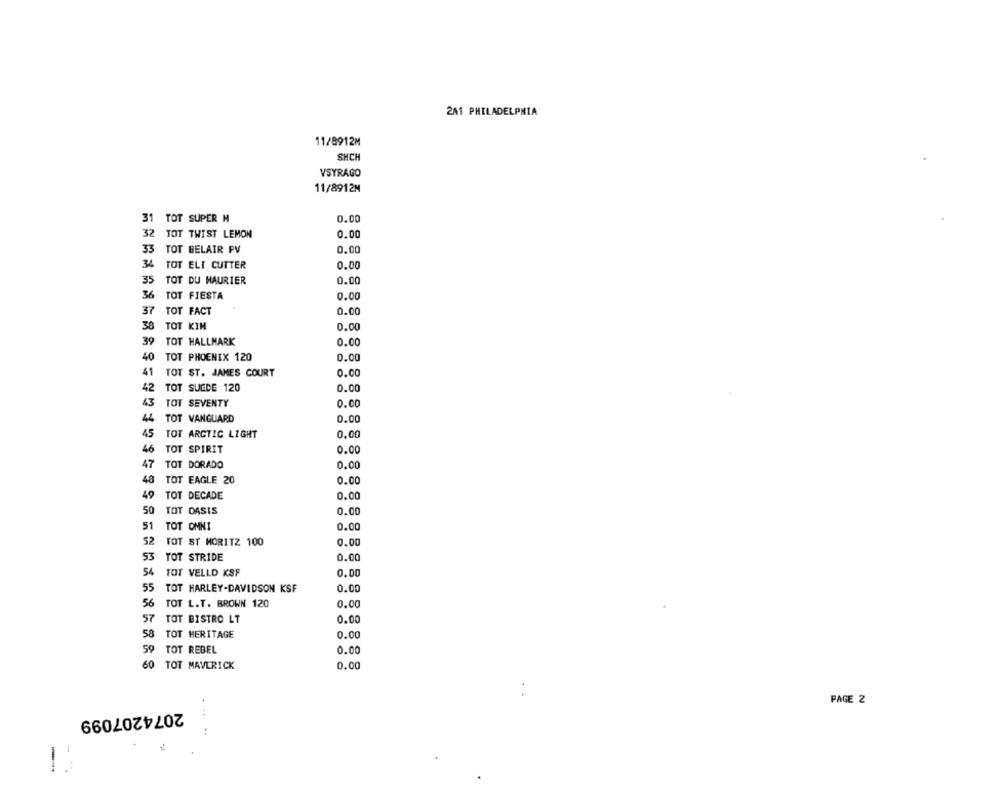
2A1 PHILADELPHIA
11/8912M
SHCH
VSYRAGO
11/8912M
31 TOT SUPER M
0.00
32
TOT TWIST LEMON
0.00
33
TOT BELAIR PV
0.00
34
TOT ELI CUTTER
0.00
35
TOT DU MAURIER
0.00
36
TOT FIESTA
0.00
37
TOT FACT
0.00
38
TOT KIM
0.00
TOT HALLMARK
39
0.00
40
TOT PHOENIX 120
0.00
41
TOT ST. JAMES COURT
0.00
42
TOT SUEDE 120
0.00
43
TOT SEVENTY
0.00
TOT VANGUARD
0.00
45
TOT ARCTIC LIGHT
0.00
46
TOT SPIRIT
0.00
47
TOT DORADO
0.00
48
TOT EAGLE 20
0.00
49
TOT DECADE
0.00
50
TOT DASIS
0.00
51
TOT OMNI
0.00
52
TOT ST MORITZ 100
0.00
53
TOT STRIDE
0.00
54
TOT VELLO KSF
0.00
55
TOT HARLEY-DAVIDSON KSF
0.00
56
TOT L.T. BROWN 120
0.00
57
TOT BISTRO LT
0.00
58
TOT HERITAGE
0.00
TOT REBEL
0.00
60
TOT MAVERICK
0.00
PAGE 2
2074207099
. ..